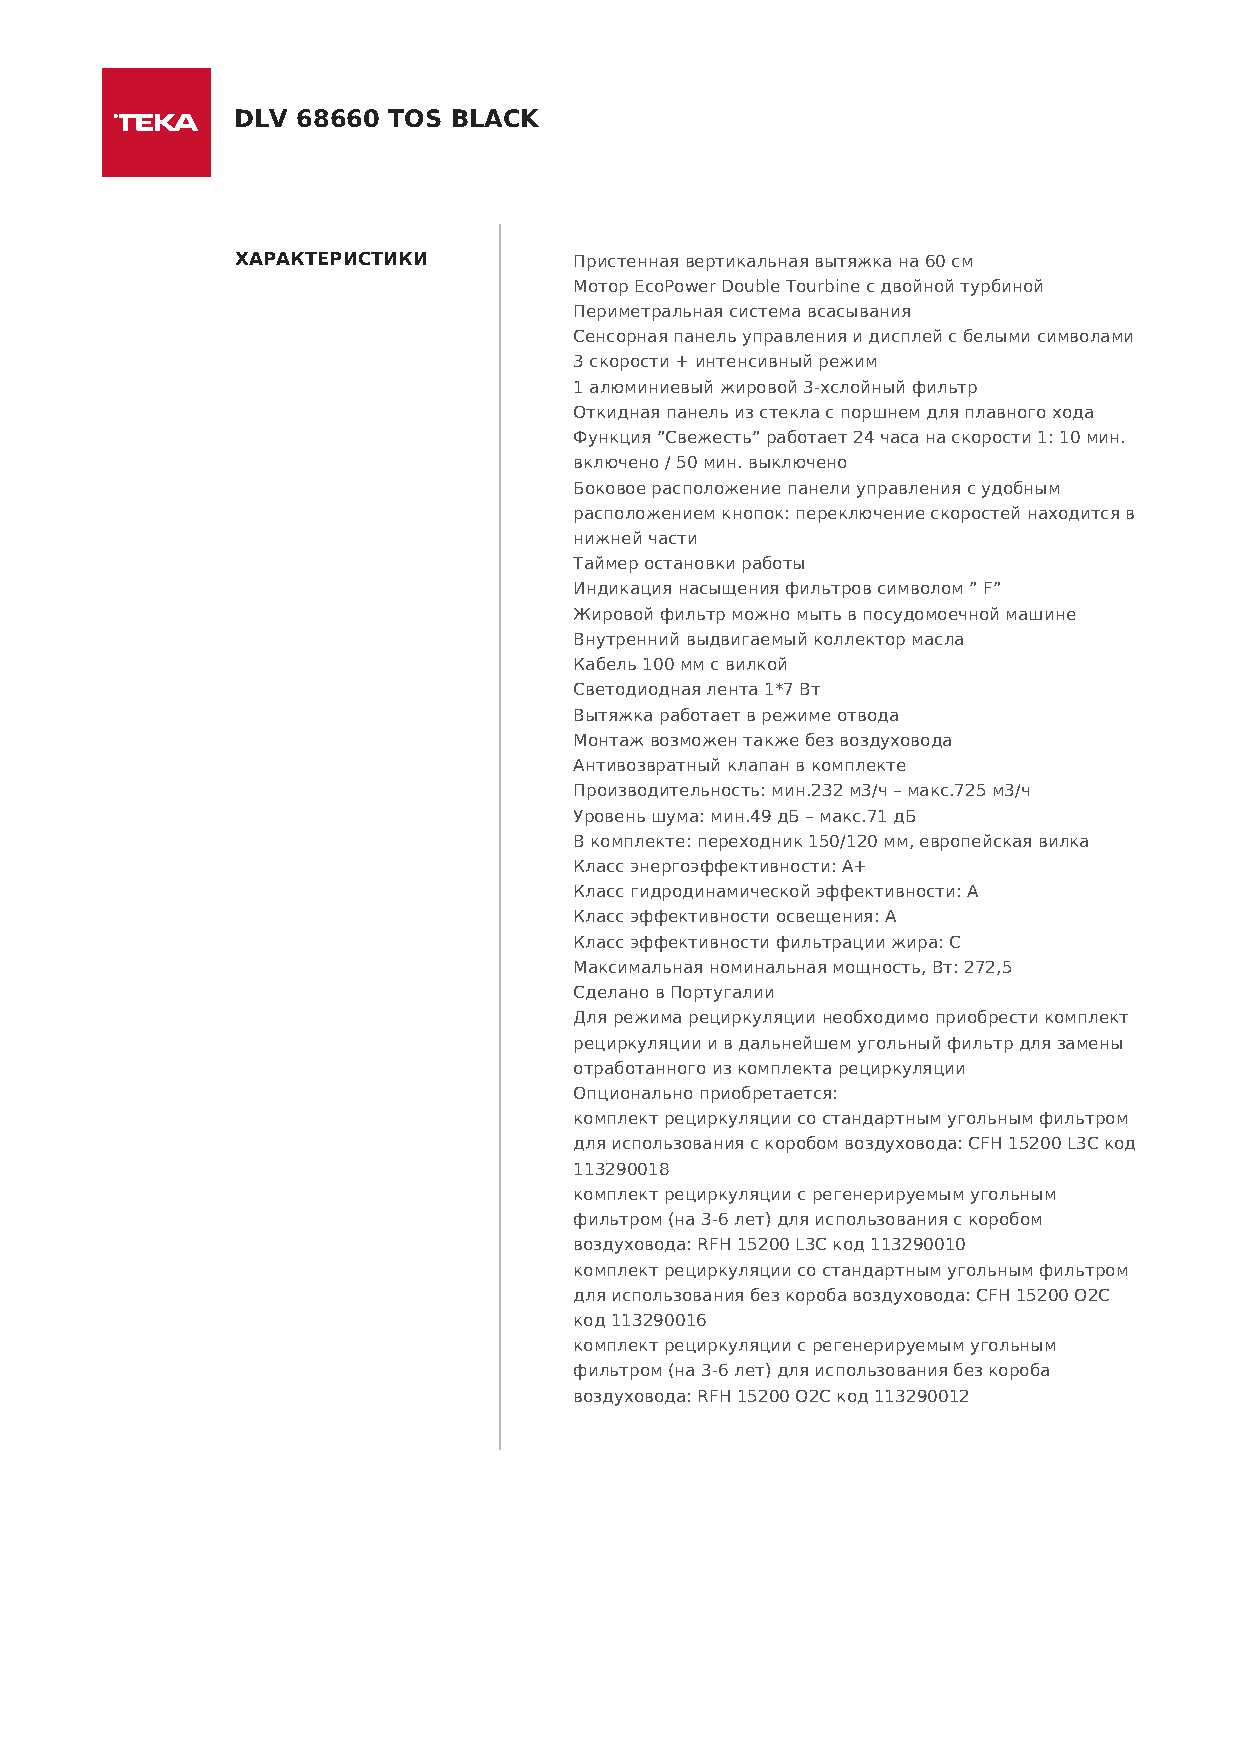
DLV  68660 TOS BLACK
 ХАРАКТЕРИСТИКИ        Пристенная вертикальная вытяжка на 60 см
 Мотор EcoPower Double Tourbine с двойной турбиной
 Периметральная система всасывания
 Сенсорная панель управления и дисплей с белыми символами
 3 скорости + интенсивный режим
 1 алюминиевый жировой 3-хслойный фильтр
 Откидная панель из стекла с поршнем для плавного хода
 Функция ”Свежесть” работает 24 часа на скорости 1: 10 мин.
 включено / 50 мин. выключено
 Боковое расположение панели управления с удобным
 расположением кнопок: переключение скоростей находится в
 нижней части
 Таймер остановки работы
 Индикация насыщения фильтров символом ” F”
 Жировой фильтр можно мыть в посудомоечной машине
 Внутренний выдвигаемый коллектор масла
 Кабель 100 мм с вилкой
 Светодиодная лента 1*7 Вт
 Вытяжка работает в режиме отвода
 Монтаж возможен также без воздуховода
 Антивозвратный клапан в комплекте
 Производительность: мин.232 м3/ч – макс.725 м3/ч
 Уровень шума: мин.49 дБ – макс.71 дБ
 В комплекте: переходник 150/120 мм, европейская вилка
 Класс энергоэффективности: A+
 Класс гидродинамической эффективности: A
 Класс эффективности освещения: A
 Класс эффективности фильтрации жира: C
 Максимальная номинальная мощность, Вт: 272,5
 Сделано в Португалии
 Для режима рециркуляции необходимо приобрести комплект
 рециркуляции и в дальнейшем угольный фильтр для замены
 отработанного из комплекта рециркуляции
 Опционально приобретается:
 комплект рециркуляции со стандартным угольным фильтром
 для использования с коробом воздуховода: CFH 15200 L3C код
 113290018
 комплект рециркуляции с регенерируемым угольным
 фильтром (на 3-6 лет) для использования с коробом
 воздуховода: RFH 15200 L3C код 113290010
 комплект рециркуляции со стандартным угольным фильтром
 для использования без короба воздуховода: CFH 15200 O2C
 код 113290016
 комплект рециркуляции с регенерируемым угольным
 фильтром (на 3-6 лет) для использования без короба
 воздуховода: RFH 15200 O2C код 113290012